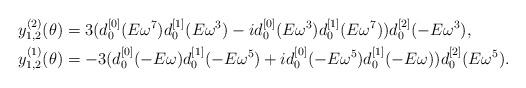
LaTeX: \begin{align*}y^{(2)}_{1,2}(\theta) &=3( d^{[0]}_0(E \omega^7) d^{[1]}_0(E \omega^3) -i d^{[0]}_0(E \omega^3) d^{[1]}_0(E \omega^7))d^{[2]}_0(-E\omega^3), \\y^{(1)}_{1,2}(\theta) &=-3( d^{[0]}_0(-E \omega) d^{[1]}_0(-E \omega^5)+ i d^{[0]}_0(-E \omega^5) d^{[1]}_0(-E \omega))d^{[2]}_0(E\omega^5).\end{align*}